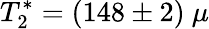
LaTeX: T_{2}^{*}=(148\pm 2)~\mu